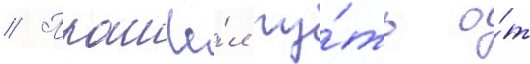
// Прошё́л пу́ть о́т